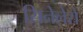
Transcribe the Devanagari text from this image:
सिनेलेरो